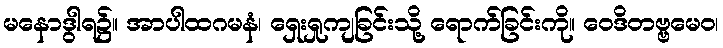
မနောဒွါရ၌။ အာပါထဂမနံ၊ ရှေးရှုကျခြင်းသို့ ရောက်ခြင်းကို။ ဝေဒိတဗ္ဗမေဝ၊